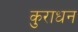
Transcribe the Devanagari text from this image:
कुराधन